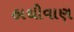
હાથીવાણ